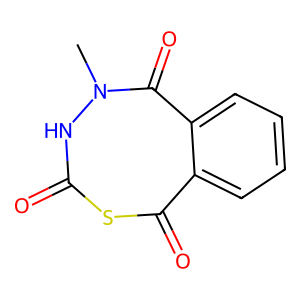
SMILES: CN1NC(=O)SC(=O)c2ccccc2C1=O
Inhibits HIV replication: No